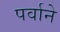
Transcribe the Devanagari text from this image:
पर्वाने